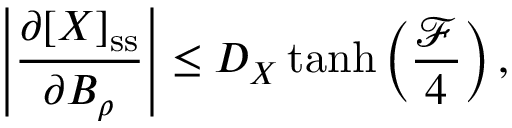
\left| \frac { \partial [ X ] _ { \mathrm { s s } } } { \partial B _ { \rho } } \right| \leq D _ { X } \operatorname { t a n h } \left( \frac { \mathcal { F } } { 4 } \right) ,